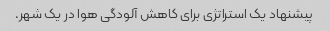
پیشنهاد یک استراتژی برای کاهش آلودگی هوا در یک شهر.